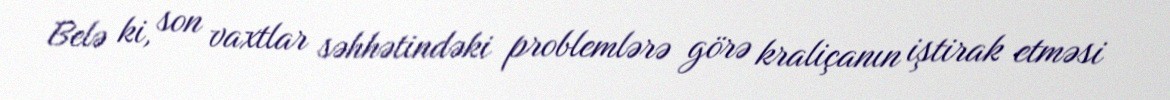
Belə ki, son vaxtlar səhhətindəki problemlərə görə kraliçanın iştirak etməsi